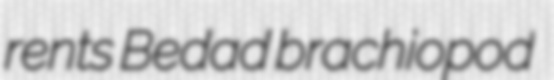
rents Bedad brachiopod